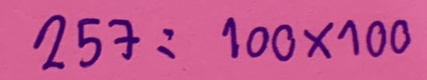
257 = 100x100